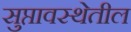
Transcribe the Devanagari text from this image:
सुप्तावस्थेतील